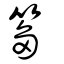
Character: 篘